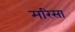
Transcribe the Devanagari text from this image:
मरिसा